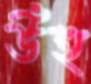
উঁহু